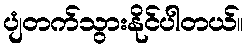
ပျံတက်သွားနိုင်ပါတယ်။